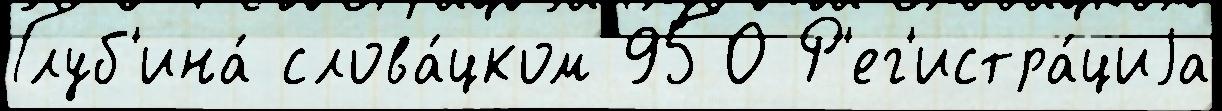
Глуб'ина́ слова́цком 950 Р'ег'истра́циjа